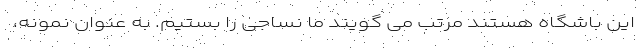
این باشگاه هستند مرتب می گویند ما نساجی را بستیم. به عنوان نمونه،